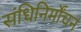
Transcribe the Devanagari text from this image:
संधिनिर्मोंचन